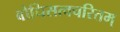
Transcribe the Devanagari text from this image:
बोधिसत्वचरितम्